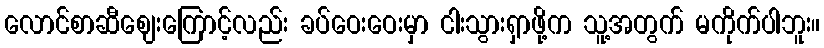
လောင်စာဆီဈေးကြောင့်လည်း ခပ်ဝေးဝေးမှာ ငါးသွားရှာဖို့က သူ့အတွက် မကိုက်ပါဘူး။